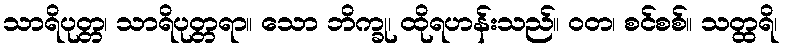
သာရိပုတ္တ၊ သာရိပုတ္တရာ။ သော ဘိက္ခု၊ ထိုရဟန်းသည်။ ဝတ၊ စင်စစ်။ သတ္ထရိ၊